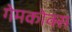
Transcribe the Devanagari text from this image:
गेमकोक्स